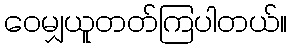
ဝေမျှယူတတ်ကြပါတယ်။